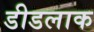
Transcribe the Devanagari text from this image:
डीडलाक